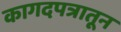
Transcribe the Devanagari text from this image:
कागदपत्रातून